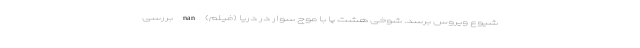
شیوع ویروس برسد. شوخی هشت پا با موج سوار در دریا (فیلم) nan بررسی